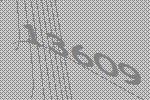
13609